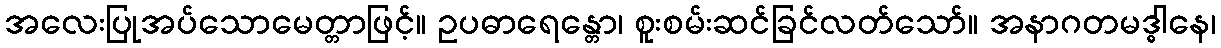
အလေးပြုအပ်သောမေတ္တာဖြင့်။ ဥပဓာရေန္တော၊ စူးစမ်းဆင်ခြင်လတ်သော်။ အနာဂတမဒ္ဓါနေ၊